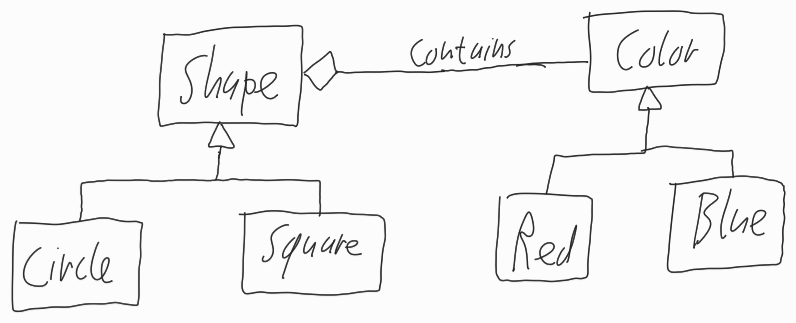
Diagram type: class_diagram
```plantuml
@startuml

class Shape

class Circle extends Shape

class Square extends Shape

class Color

class Red extends Color

class Blue extends Color

Shape o--right- Color: contains

@enduml
```